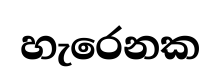
හැරෙනක